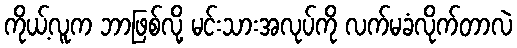
ကိုယ့်လူက ဘာဖြစ်လို့ မင်းသားအလုပ်ကို လက်မခံလိုက်တာလဲ